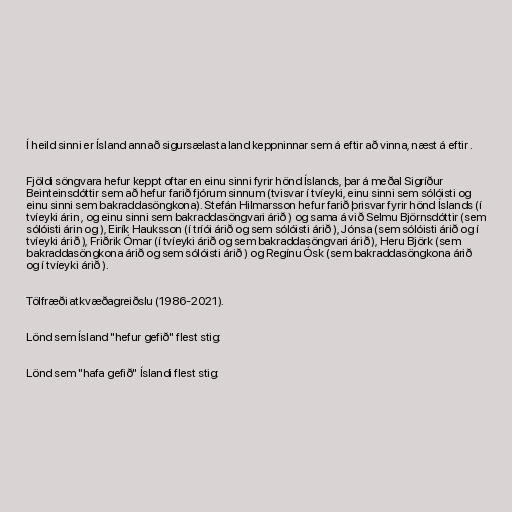
Í heild sinni er Ísland annað sigursælasta land keppninnar sem á eftir að vinna, næst á eftir .

Fjöldi söngvara hefur keppt oftar en einu sinni fyrir hönd Íslands, þar á meðal Sigríður
Beinteinsdóttir sem að hefur farið fjórum sinnum (tvisvar í tvíeyki, einu sinni sem sólóisti og
einu sinni sem bakraddasöngkona). Stefán Hilmarsson hefur farið þrisvar fyrir hönd Íslands (í
tvíeyki árin , og einu sinni sem bakraddasöngvari árið ) og sama á við Selmu Björnsdóttir (sem
sólóisti árin og ), Eirík Hauksson (í tríói árið og sem sólóisti árið ), Jónsa (sem sólóisti árið og í
tvíeyki árið ), Friðrik Ómar (í tvíeyki árið og sem bakraddasöngvari árið ), Heru Björk (sem
bakraddasöngkona árið og sem sólóisti árið ) og Regínu Ósk (sem bakraddasöngkona árið
og í tvíeyki árið ).

Tölfræði atkvæðagreiðslu (1986-2021).

Lönd sem Ísland "hefur gefið" flest stig:

Lönd sem "hafa gefið" Íslandi flest stig: